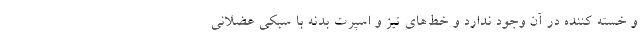
و خسته کننده در آن وجود ندارد و خط‌های تیز و اسپرت بدنه با سبکی عضلانی